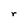
Character: r